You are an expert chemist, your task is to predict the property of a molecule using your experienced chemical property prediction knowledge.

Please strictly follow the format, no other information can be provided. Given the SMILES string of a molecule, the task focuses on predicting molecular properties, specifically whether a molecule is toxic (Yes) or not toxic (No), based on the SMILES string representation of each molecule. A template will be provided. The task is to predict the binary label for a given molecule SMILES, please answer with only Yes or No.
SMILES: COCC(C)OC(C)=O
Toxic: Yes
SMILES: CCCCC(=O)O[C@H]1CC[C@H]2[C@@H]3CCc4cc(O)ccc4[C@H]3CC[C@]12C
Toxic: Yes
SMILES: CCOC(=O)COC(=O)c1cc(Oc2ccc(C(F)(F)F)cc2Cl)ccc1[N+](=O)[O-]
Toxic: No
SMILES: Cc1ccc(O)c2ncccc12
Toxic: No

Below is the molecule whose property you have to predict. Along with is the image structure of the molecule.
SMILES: Cc1cccc(N(C)C(=S)Oc2ccc3c(c2)CCC3)c1
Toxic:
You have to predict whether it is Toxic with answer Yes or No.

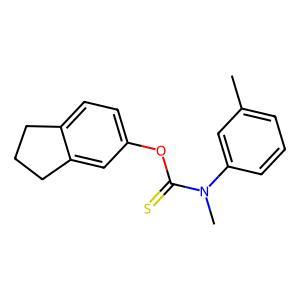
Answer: No